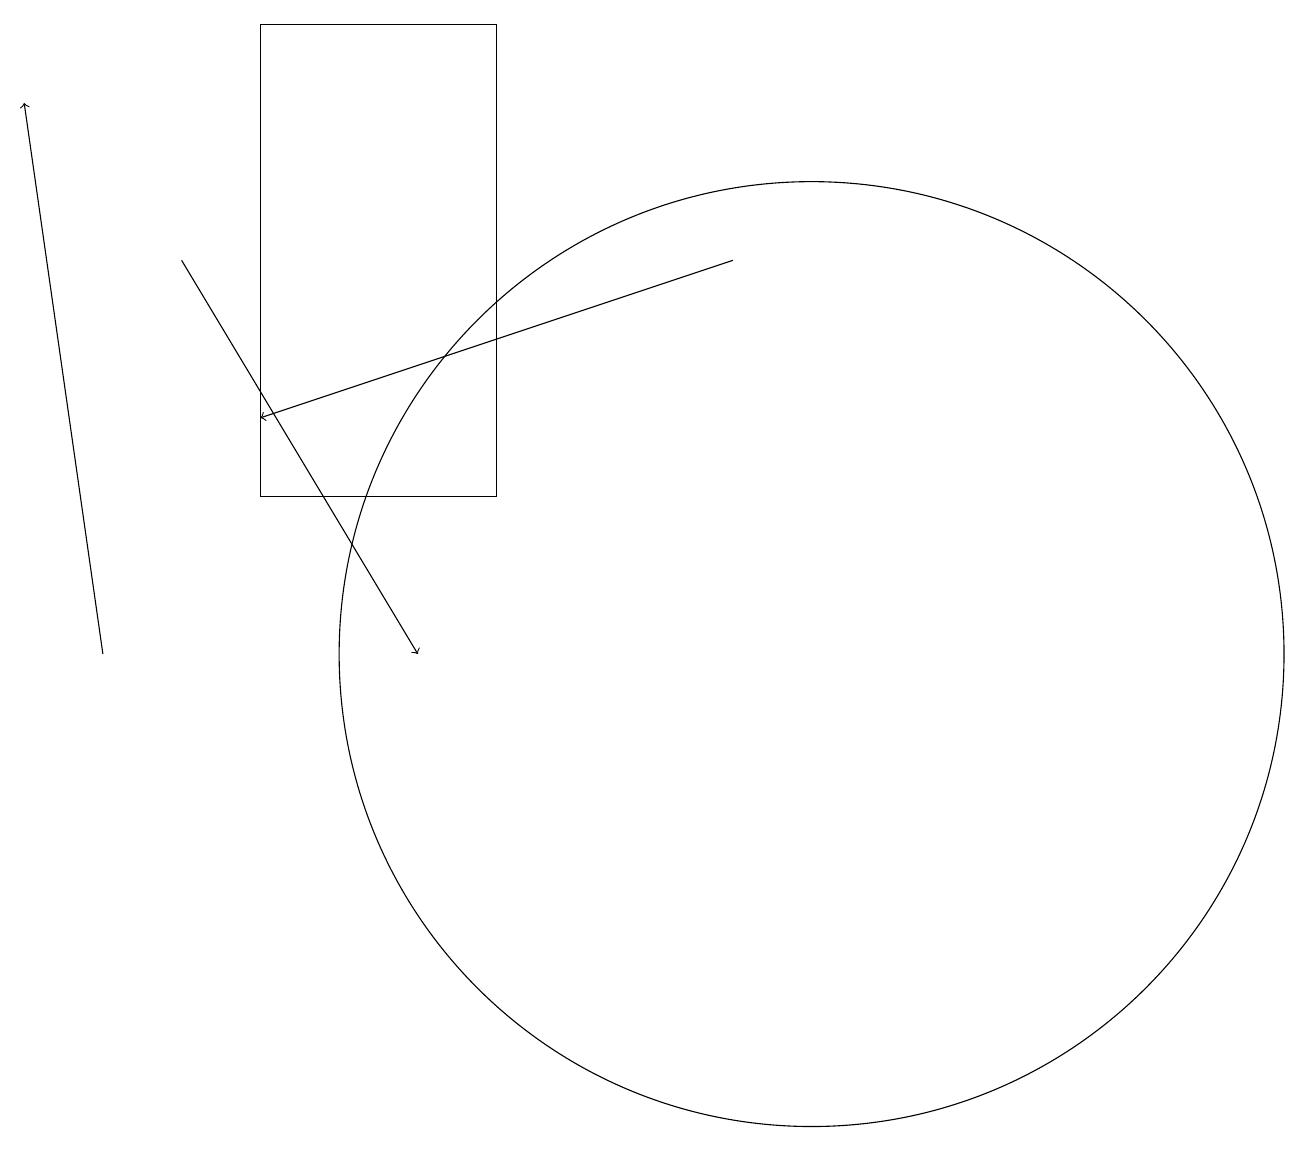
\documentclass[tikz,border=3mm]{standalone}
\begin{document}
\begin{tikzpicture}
\draw[->] (9,16) -- (3,14);
\draw (10,11) circle (6);
\draw[->] (2,16) -- (5,11);
\draw[->] (1,11) -- (0,18);
\draw (3,19) rectangle (6,13);
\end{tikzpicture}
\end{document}